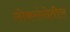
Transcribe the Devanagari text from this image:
लोकसंखेतील